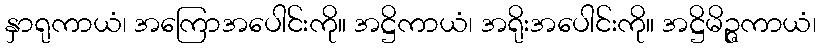
နှာရုကာယံ၊ အကြောအပေါင်းကို။ အဋ္ဌိကာယံ၊ အရိုးအပေါင်းကို။ အဋ္ဌိမိဉ္ဇကာယံ၊